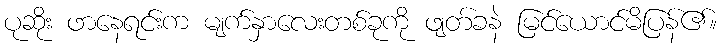
ပုဆိုး ဖာနေရင်းက မျက်နှာလေးတစ်ခုကို ဖျတ်ခနဲ မြင်ယောင်မိပြန်၏။